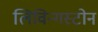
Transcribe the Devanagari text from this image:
लिविन्गस्टोन